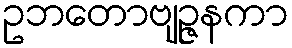
ဥဘတောဗျဉ္ဇနကာ